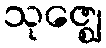
သုဇ္ဈေ